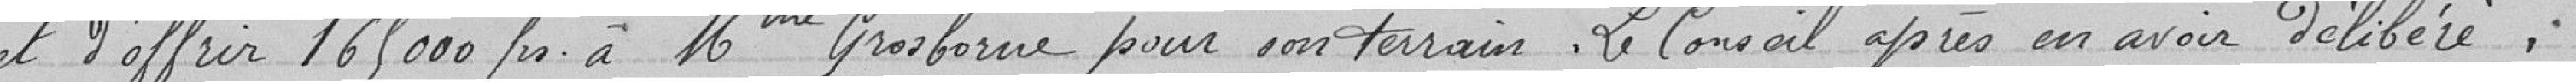
et d'offrir 165000 francs à Mme Grosborne pour son terrain. Le Conseil après en avoir délibéré :